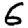
Digit: 6